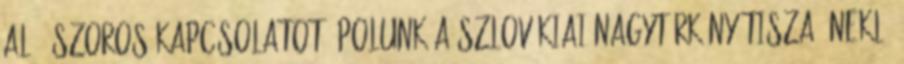
alá. Szoros kapcsolatot ápolunk a szlovákiai Nagytárkány Tisza Éneklő